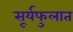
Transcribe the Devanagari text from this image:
सूर्यफुलात